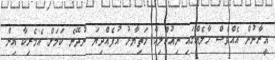
އީރާނުން އެއްވެސް ހާލެއްގައި ނިއުކްލިއާ ހަތިޔާރު އުފެއްދިޔަ ނުދޭނެ ކަމަށް އެމެރިކާ އިން